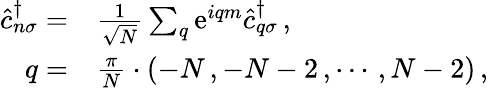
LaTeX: \begin{array}{rl}{\hat{c}_{n\sigma}^{\dagger}=}&{{}\frac{1}{\sqrt{N}}\sum_{q}\mathrm{e}^{iqm}\hat{c}_{q\sigma}^{\dagger}\, ,}\\ {q=}&{{}\frac{\pi}{N}\cdot\left(-N\, ,-N-2\, ,\cdots\, ,N-2\right)\, ,}\end{array}